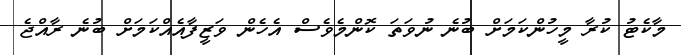
މާކެޓު ކުރާ މީހުންކަމަށް ބުނެ ނުވަތަ ކޮންމެވެސް އެހެން ވަޒީފާއެއްކަމަށް ބުނެ ރާއްޖެ